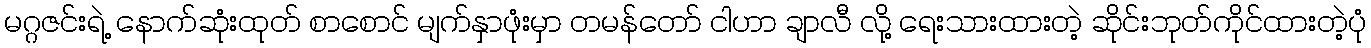
မဂ္ဂဇင်းရဲ့ နောက်ဆုံးထုတ် စာစောင် မျက်နှာဖုံးမှာ တမန်တော် ငါဟာ ချာလီ လို့ ရေးသားထားတဲ့ ဆိုင်းဘုတ်ကိုင်ထားတဲ့ပုံ